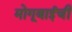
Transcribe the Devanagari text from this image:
मोगूबाईंची